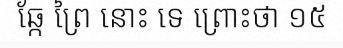
ឆ្កែ ព្រៃ នោះ ទេ ព្រោះថា ១៥